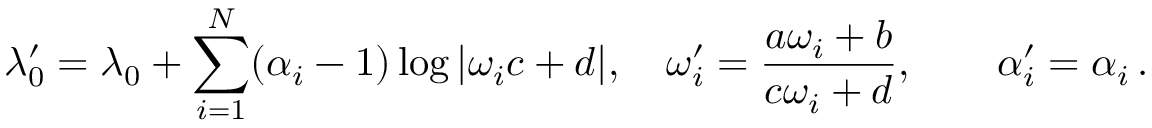
\lambda _ { 0 } ^ { \prime } = \lambda _ { 0 } + \sum _ { i = 1 } ^ { N } ( \alpha _ { i } - 1 ) \log | \omega _ { i } c + d | , \quad \displaystyle \omega _ { i } ^ { \prime } = \frac { a \omega _ { i } + b } { c \omega _ { i } + d } , \qquad \alpha _ { i } ^ { \prime } = \alpha _ { i } \, .